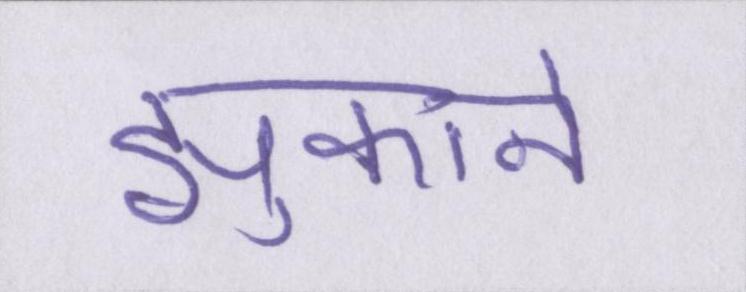
झुकाने